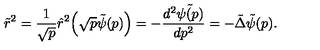
\tilde { r } ^ { 2 } = \frac { 1 } { \sqrt { p } } \hat { r } ^ { 2 } \Bigl ( \sqrt { p } \tilde { \psi } ( p ) \Bigr ) = - \frac { d ^ { 2 } \tilde { \psi ( p ) } } { d p ^ { 2 } } = - \tilde { \Delta } \tilde { \psi } ( p ) .